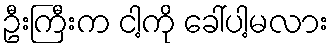
ဦးကြီးက ငါ့ကို ခေါ်ပါ့မလား